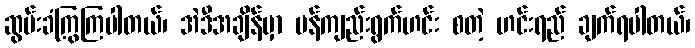
ဆွမ်းခံကြွကြပါတယ်၊ အဲဒီအချိန်မှာ မန်ကျည်းရွက်ဟင်း စတဲ့ ဟင်းရည် ချက်ရပါတယ်၊